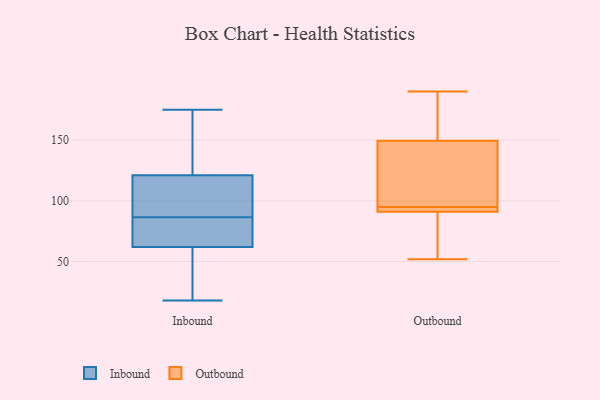
{"axis": {"x": "Customer Acquisition Cost (USD)", "y": "Value"}, "legend": ["Inbound", "Outbound"], "data": [{"x": "", "y": 138, "type": "Inbound"}, {"x": "", "y": 175, "type": "Inbound"}, {"x": "", "y": 83, "type": "Inbound"}, {"x": "", "y": 18, "type": "Inbound"}, {"x": "", "y": 25, "type": "Inbound"}, {"x": "", "y": 90, "type": "Inbound"}, {"x": "", "y": 62, "type": "Inbound"}, {"x": "", "y": 70, "type": "Inbound"}, {"x": "", "y": 99, "type": "Inbound"}, {"x": "", "y": 121, "type": "Inbound"}, {"x": "", "y": 107, "type": "Outbound"}, {"x": "", "y": 151, "type": "Outbound"}, {"x": "", "y": 182, "type": "Outbound"}, {"x": "", "y": 95, "type": "Outbound"}, {"x": "", "y": 52, "type": "Outbound"}, {"x": "", "y": 93, "type": "Outbound"}, {"x": "", "y": 107, "type": "Outbound"}, {"x": "", "y": 88, "type": "Outbound"}, {"x": "", "y": 92, "type": "Outbound"}, {"x": "", "y": 54, "type": "Outbound"}, {"x": "", "y": 190, "type": "Outbound"}, {"x": "", "y": 92, "type": "Outbound"}, {"x": "", "y": 149, "type": "Outbound"}]}